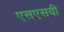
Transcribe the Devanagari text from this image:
एसएसवी